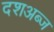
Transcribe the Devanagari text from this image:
दशअब्ज